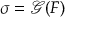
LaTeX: \ { \boldsymbol { \sigma } } = { \mathcal { G } } ( { \boldsymbol { F } } )